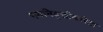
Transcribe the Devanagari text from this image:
भयनिवृत्तीकरिता